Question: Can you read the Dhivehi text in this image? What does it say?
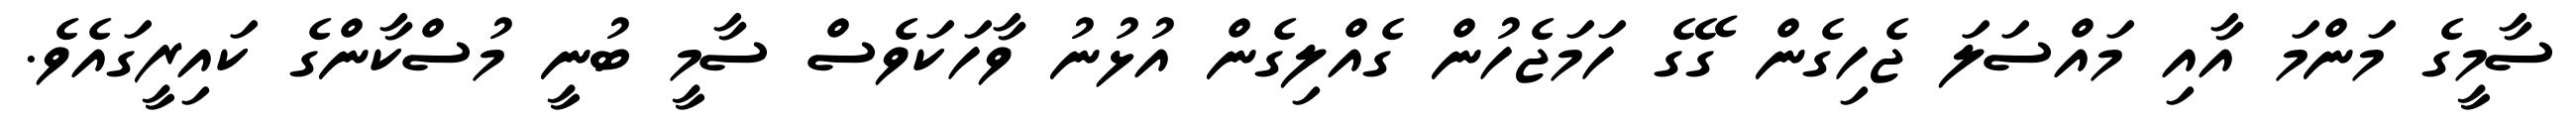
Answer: ސާމީގެ މަންމަ އާއި މައްސަލަ ޖެހިގެން ގޭގެ ހަމަޖެހުން ގެއްލިގެން އުޅުނު ވާހަކަވެސް ސާމީ ބުނީ މުސްކާންގެ ކައިރީގައެވެ.